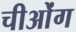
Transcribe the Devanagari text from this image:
चीओंग